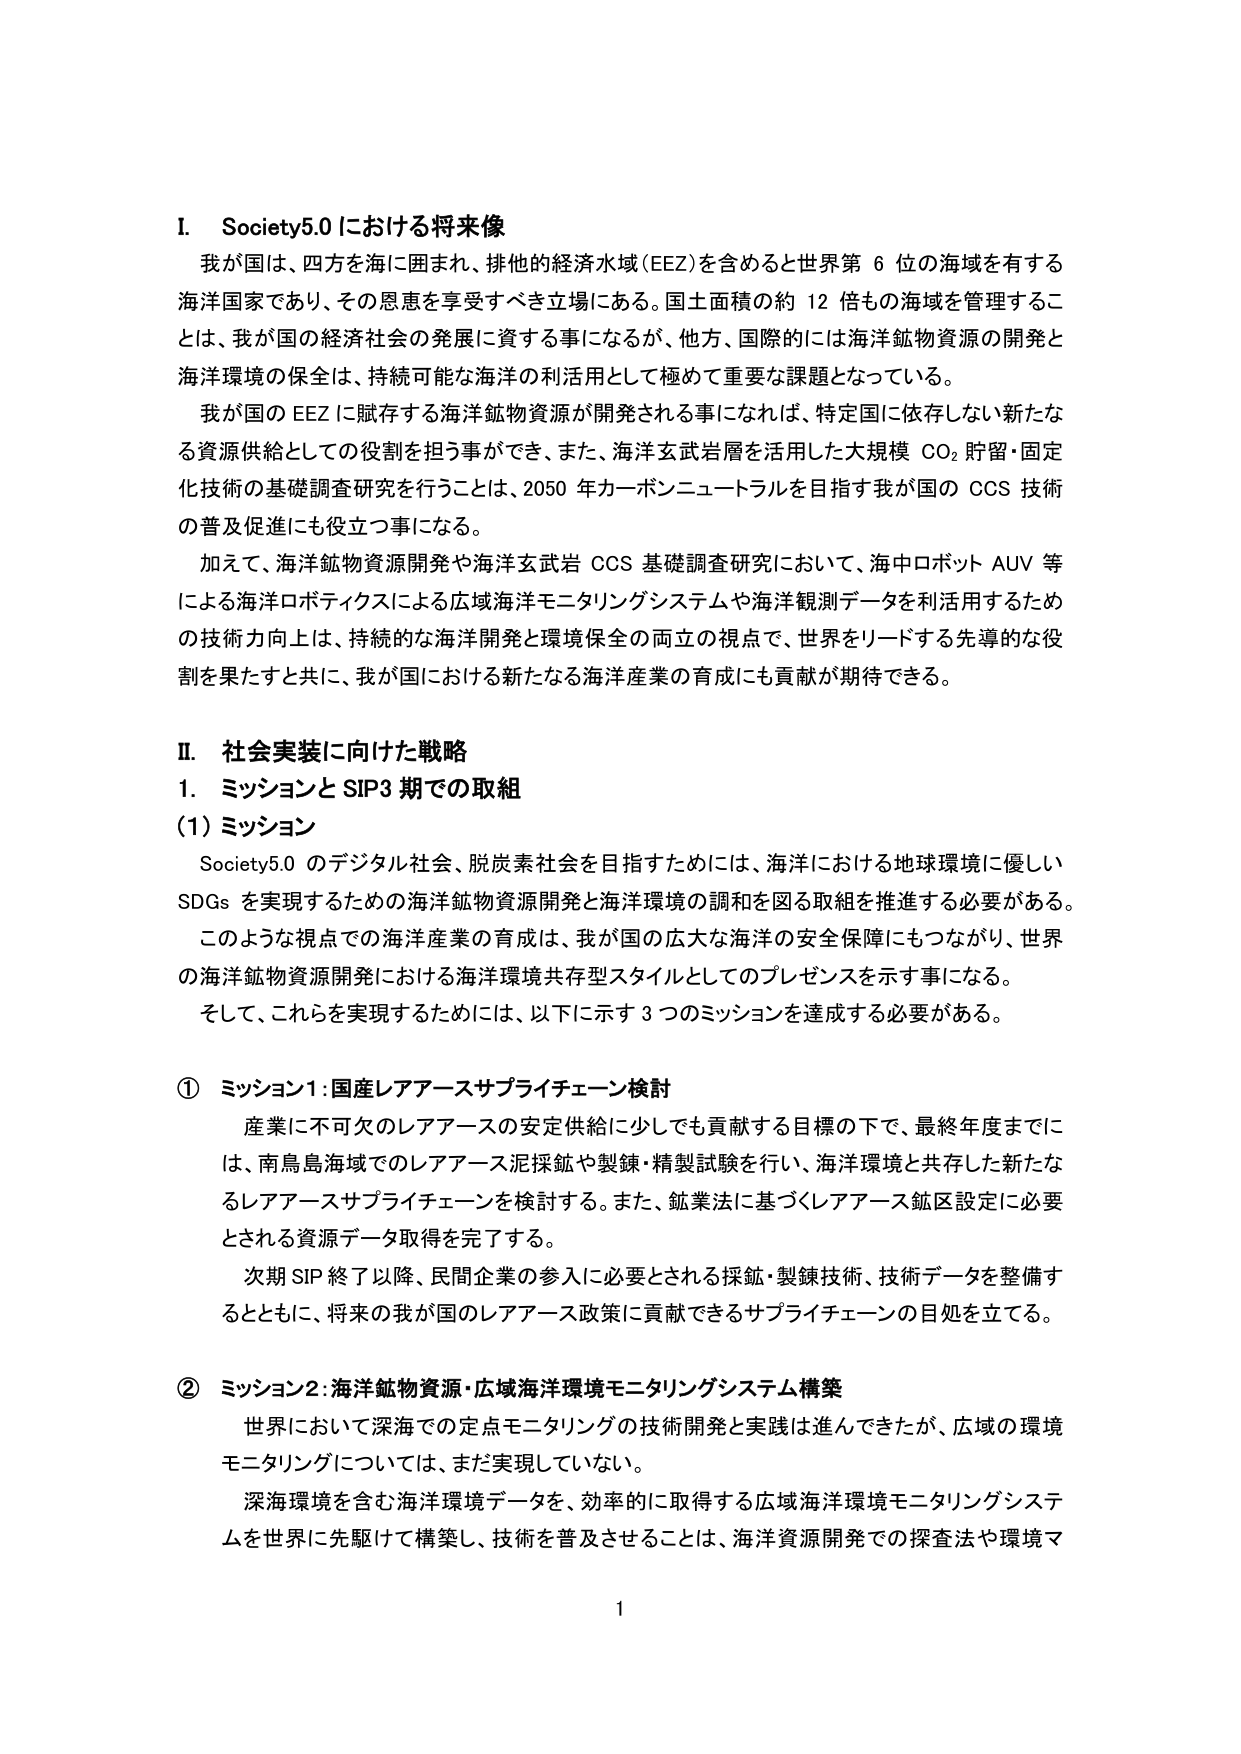
I. Society5.0における将来像
我が国は、四方を海に囲まれ、排他的経済水域（EEZ）を含めると世界第6位の海域を有する海洋国家であり、その恩恵を享受すべき立場にある。国土面積の約12倍もの海域を管理することは、我が国の経済社会の発展に資する事になるが、他方、国際的には海洋鉱物資源の開発と海洋環境の保全は、持続可能な海洋の利活用として極めて重要な課題となっている。
我が国のEEZに賦存する海洋鉱物資源が開発される事になれば、特定国に依存しない新たな資源供給としての役割を担う事ができ、また、海洋玄武岩層を活用した大規模CO₂貯留・固定化技術の基礎調査研究を行うことは、2050年カーボンニュートラルを目指す我が国のCCS技術の普及促進にも役立つ事になる。
加えて、海洋鉱物資源開発や海洋玄武岩CCS基礎調査研究において、海中ロボットAUV等による海洋ロボティクスによる広域海洋モニタリングシステムや海洋観測データを活用するための技術力向上は、持続的な海洋開発と環境保全の両立の視点で、世界をリードする先導的な役割を果たすと共に、我が国における新たなる海洋産業の育成にも貢献が期待できる。

II. 社会実装に向けた戦略
1. ミッションとSIP3期での取組
(1) ミッション
Society5.0のデジタル社会、脱炭素社会を目指すためには、海洋における地球環境に優しいSDGsを実現するための海洋鉱物資源開発と海洋環境の調和を図る取組を推進する必要がある。このような視点での海洋産業の育成は、我が国の広大な海洋の安全保障にもつながり、世界の海洋鉱物資源開発における海洋環境共存型スタイルとしてのプレゼンスを示す事になる。そして、これを実現するためには、以下に示す3つのミッションを達成する必要がある。

① ミッション1：国産レアアースサプライチェーン検討
産業に不可欠のレアアースの安定供給に少しでも貢献する目標の下で、最終年度までには、南鳥島海域でのレアアース泥採鉱や製錬・精製試験を行い、海洋環境と共存した新たなレアアースサプライチェーンを検討する。また、鉱業法に基づくレアアース鉱区設定に必要とされる資源データ取得を完了する。
次期SIP終了以降、民間企業の参入に必要とされる採鉱・製錬技術、技術データを整備するとともに、将来の我が国のレアアース政策に貢献できるサプライチェーンの目処を立てる。

② ミッション2：海洋鉱物資源・広域海洋環境モニタリングシステム構築
世界において深海での定点モニタリングの技術開発と実践は進んできたが、広域の環境モニタリングについては、まだ実現していない。
深海環境を含む海洋環境データを、効率的に取得する広域海洋環境モニタリングシステムを世界に先駆けて構築し、技術を普及させることは、海洋資源開発での探査法や環境マ

1